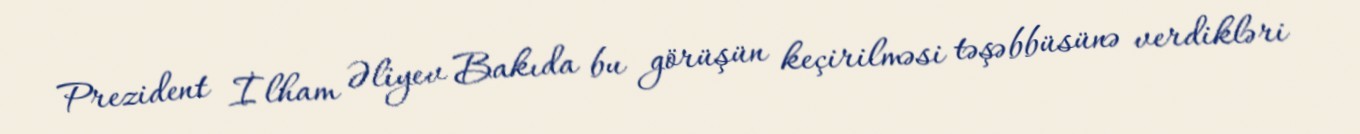
Prezident İlham Əliyev Bakıda bu görüşün keçirilməsi təşəbbüsünə verdikləri